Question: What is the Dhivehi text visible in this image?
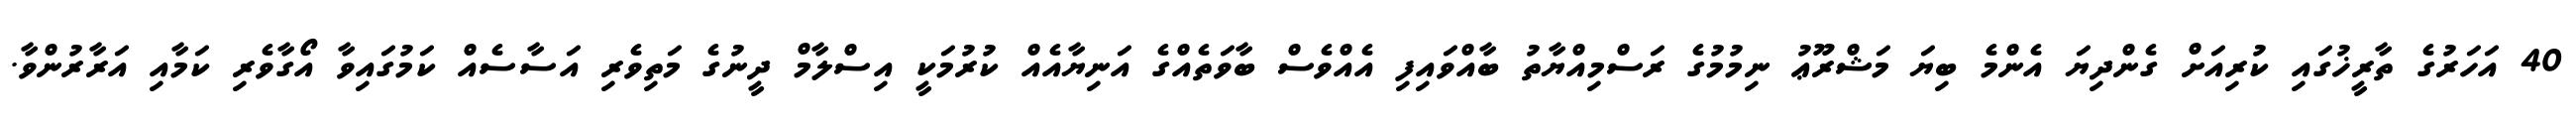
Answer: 40 އަހަރުގެ ތާރީޚުގައި ކުރިއަށް ގެންދިޔަ އެންމެ ބިޔަ މަޝްރޫޢު ނިމުމުގެ ރަސްމިއްޔާތު ބާއްވައިފި އެއްވެސް ބާވަތެއްގެ އަނިޔާއެއް ކުރުމަކީ އިސްލާމް ދީނުގެ މަތިވެރި އަސާސެއް ކަމުގައިވާ އޯގާވެރި ކަމާއި އަރާރުންވާ.